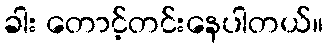
ခါး တောင့်တင်းနေပါတယ်။